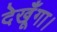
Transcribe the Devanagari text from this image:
देखूँगा।